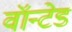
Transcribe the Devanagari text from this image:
वॉन्टेड